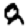
Digit: 8